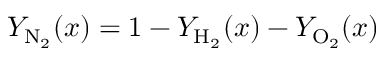
Y _ { \mathrm { N } _ { 2 } } ( x ) = 1 - Y _ { \mathrm { H } _ { 2 } } ( x ) - Y _ { \mathrm { O } _ { 2 } } ( x )